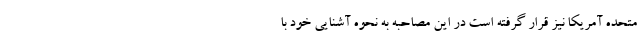
متحده آمریکا نیز قرار گرفته است در این مصاحبه به نحوه آشنایی خود با